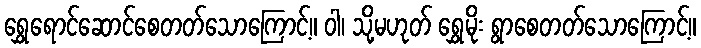
ရွှေရောင်ဆောင်စေတတ်သောကြောင့်။ ဝါ၊ သို့မဟုတ် ရွှေမိုး ရွာစေတတ်သောကြောင့်။